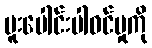
ပူးပေါင်းပါဝင်မှုကို